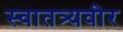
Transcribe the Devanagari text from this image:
स्वातत्र्यवीर